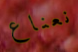
نعناع